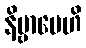
နိဗ္ဗာပေဟိ